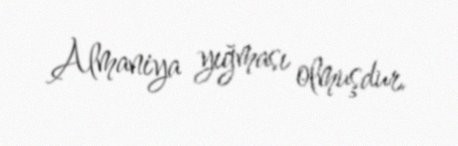
Almaniya yığması olmuşdur.